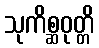
သုကိစ္ဆဝုတ္တိ